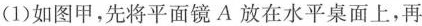
(1)如图甲，先将平面镜A放在水平桌面上，再